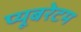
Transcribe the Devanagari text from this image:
प्यूबरेटम